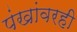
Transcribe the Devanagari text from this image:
पंखांवरही